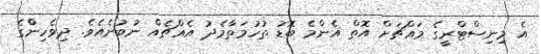
އެ މިނިސްޓްރީގެ މައްޗަށް އޮތް އެންމެ ބޮޑު ތުހުމަތާމެދު އެއްޗެއް ނުބުނެއެވެ. ދިވެހިންްގެ